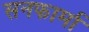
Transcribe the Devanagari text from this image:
सनफार्मा